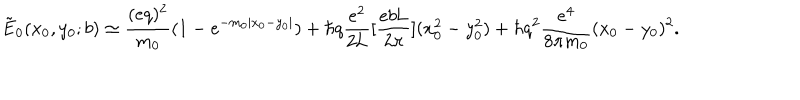
\tilde { \mathrm { E } } _ { 0 } ( x _ { 0 } , y _ { 0 } ; b ) \simeq \frac { ( e q ) ^ { 2 } } { m _ { 0 } } ( 1 - e ^ { - m _ { 0 } | x _ { 0 } - y _ { 0 } | } ) + \hbar q \frac { e ^ { 2 } } { 2 \mathrm { L } } [ \frac { e b \mathrm { L } } { 2 \pi } ] ( x _ { 0 } ^ { 2 } - y _ { 0 } ^ { 2 } ) + \hbar q ^ { 2 } \frac { e ^ { 4 } } { 8 \pi m _ { 0 } } ( x _ { 0 } - y _ { 0 } ) ^ { 2 } .